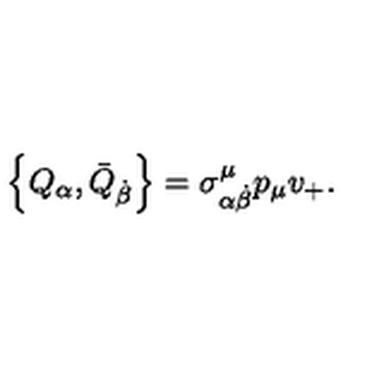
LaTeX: \left\{ Q _ { \alpha } , \bar { Q } _ { \dot { \beta } } \right\} = \sigma _ { \alpha \dot { \beta } } ^ { \mu } p _ { \mu } v _ { + } .